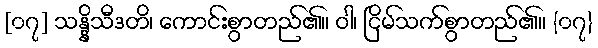
[၀၇] သန္နိသီဒတိ၊ ကောင်းစွာတည်၏။ ဝါ၊ ငြိမ်သက်စွာတည်၏။ {၀၇}